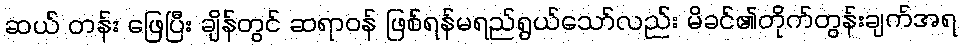
ဆယ် တန်း ဖြေပြီး ချိန်တွင် ဆရာဝန် ဖြစ်ရန်မရည်ရွယ်သော်လည်း မိခင်၏တိုက်တွန်းချက်အရ